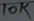
Text: 10K